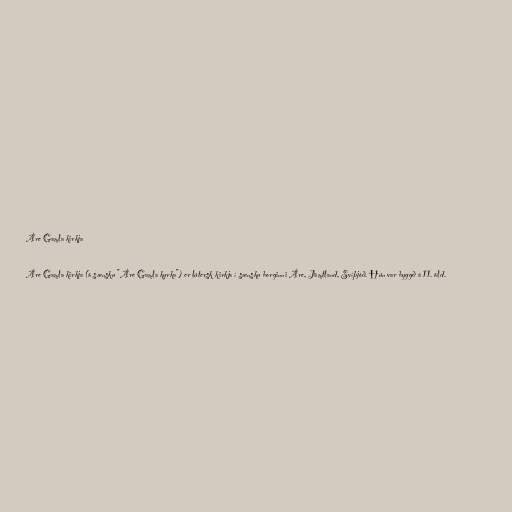
Åre Gamla kirkja

Åre Gamla kirkja (á sænsku "Åre Gamla kyrka") er lútersk kirkja í sænsku borginni Åre, Jämtland, Svíþjóð. Hún var byggð á 11. öld.